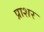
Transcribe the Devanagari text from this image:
प्राशर